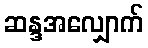
ဆန္ဒအလျှောက်